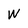
Character: W